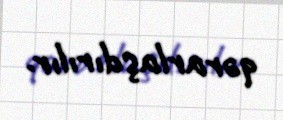
qərarlaşdırılır.